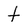
Character: t